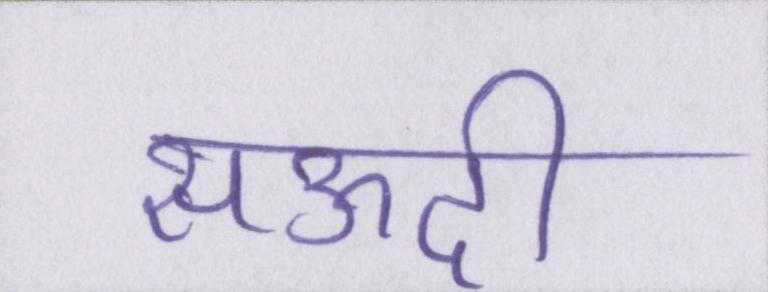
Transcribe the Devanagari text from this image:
सऊदी